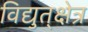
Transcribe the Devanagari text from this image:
विद्युत्‌क्षेत्र